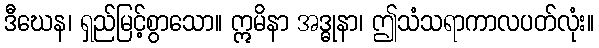
ဒီဃေန၊ ရှည်မြင့်စွာသော။ ဣမိနာ အဒ္ဓုနာ၊ ဤသံသရာကာလပတ်လုံး။